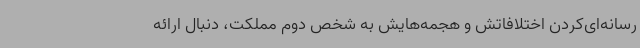
رسانه‌ای‌کردن اختلافاتش و هجمه‌هایش به شخص دوم مملکت، دنبال ارائه